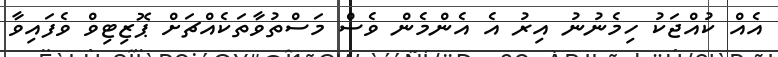
އެއް ކުއްޖަކު ހިމެނުނު އިރު އެ އެންމެން ވެސް މަސްތުވާތަކެއްޗަށް ޕޮޒިޓިވް ވެފައިވާ